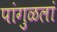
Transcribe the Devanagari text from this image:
पांगुळलां